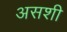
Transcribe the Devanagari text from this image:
असशी